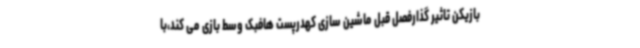
بازیکن تاثیر گذارفصل قبل ماشین سازی کهدرپست هافبک وسط بازی می کند،با